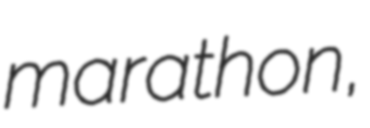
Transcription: marathon,